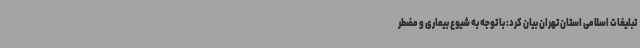
تبلیغات اسلامی استان تهران بیان کرد: با توجه به شیوع بیماری و مضطر